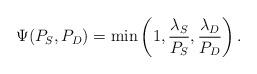
LaTeX: \begin{align*}\Psi(P_{S}, P_{D}) = \min \left( 1, \frac{\lambda_{S}}{P_{S}}, \frac{\lambda_{D}}{P_{D}} \right).\end{align*}